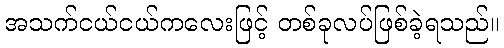
အသက်ငယ်ငယ်ကလေးဖြင့် တစ်ခုလပ်ဖြစ်ခဲ့ရသည်။